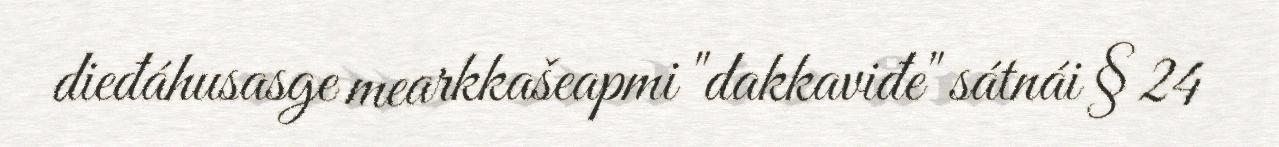
dieđáhusasge mearkkašeapmi "dakkaviđe" sátnái § 24